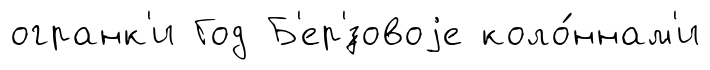
огранк'и Год Б'ер'́зовоjе коло́ннам'и